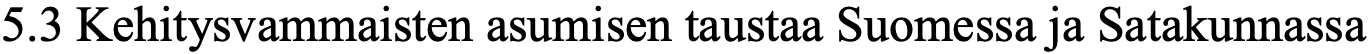
5.3 Kehitysvammaisten asumisen taustaa Suomessa ja Satakunnassa